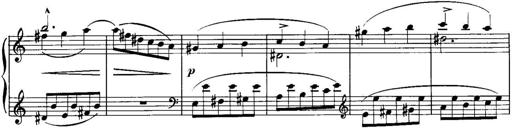
Title: Piano Sonatina No.1, Op.146
Composer: Stephen Heller